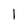
Character: 1